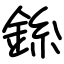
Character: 銯